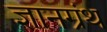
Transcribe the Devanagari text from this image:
ज्ञानग्रंथ